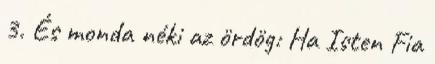
3. És monda néki az ördög: Ha Isten Fia